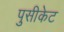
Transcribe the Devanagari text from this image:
पुसीकेट